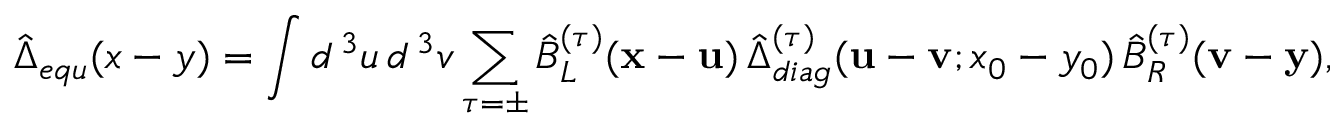
\hat { \Delta } _ { e q u } ( x - y ) = \int d ^ { \, 3 } u \, d ^ { \, 3 } v \sum _ { \tau = \pm } \hat { B } _ { L } ^ { ( \tau ) } ( { \bf x } - { \bf u } ) \, \hat { \Delta } _ { d i a g } ^ { ( \tau ) } ( { \bf u } - { \bf v } ; x _ { 0 } - y _ { 0 } ) \, \hat { B } _ { R } ^ { ( \tau ) } ( { \bf v } - { \bf y } ) ,